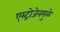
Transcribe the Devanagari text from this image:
एस्ट्रोजेनमुळे